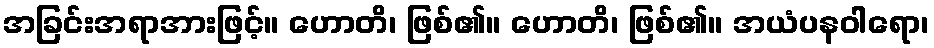
အခြင်းအရာအားဖြင့်။ ဟောတိ၊ ဖြစ်၏။ ဟောတိ၊ ဖြစ်၏။ အယံပနဝါရော၊